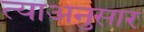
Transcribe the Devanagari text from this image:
त्याअनुसार